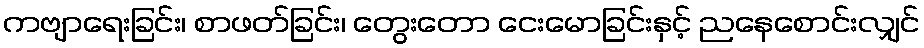
ကဗျာရေးခြင်း၊ စာဖတ်ခြင်း၊ တွေးတော ငေးမောခြင်းနှင့် ညနေစောင်းလျှင်